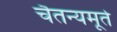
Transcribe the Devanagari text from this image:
चैतन्यमूर्त